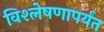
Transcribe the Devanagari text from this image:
विश्लेषणापर्यंत